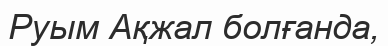
Руым Ақжал болғанда,